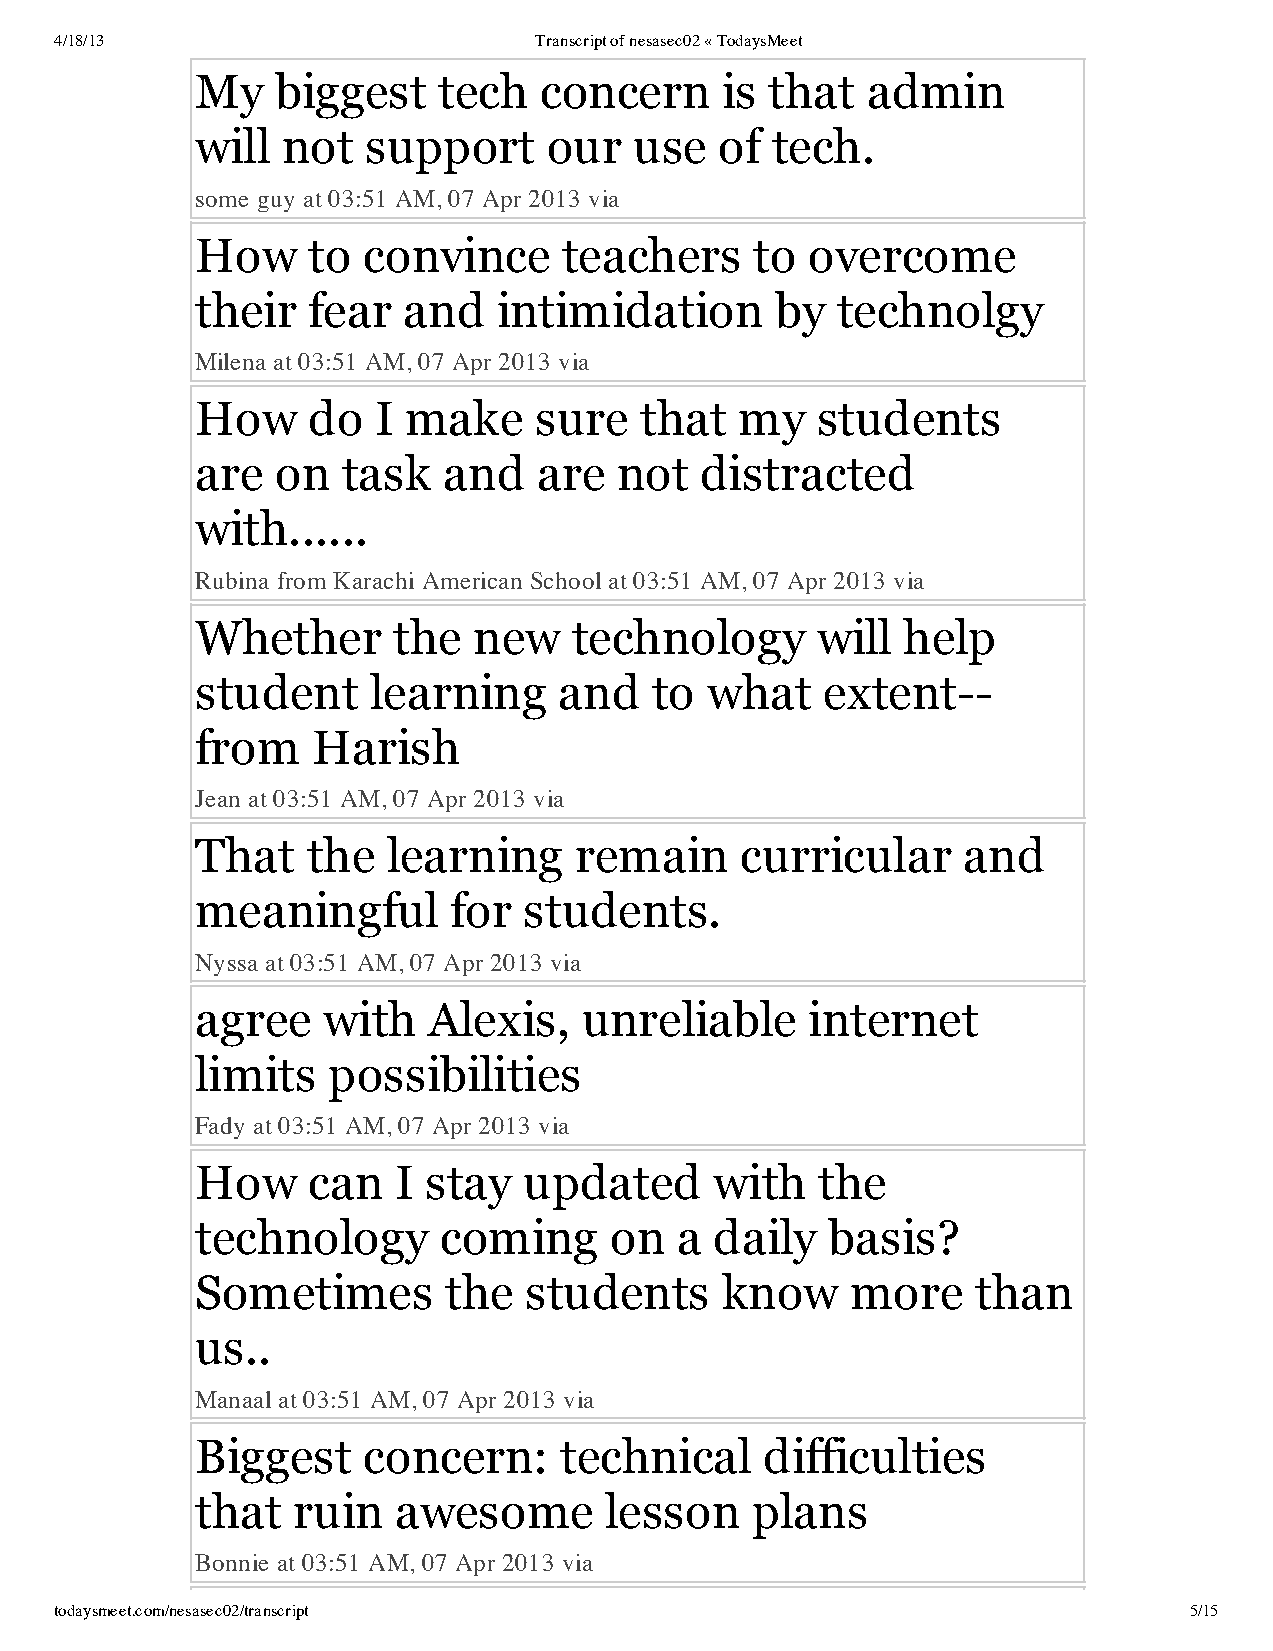
4/18/13                        Transcript of nesasec02 « TodaysMeet
 My   biggest    tech   concern     is that  admin
 will  not  support     our   use   of tech.
 some guy at 03:51 AM, 07 Apr 2013 via
 How    to  convince     teachers     to  overcome
 their  fear   and   intimidation      by  technolgy
 Milena at 03:51 AM, 07 Apr 2013 via
 How    do   I make    sure   that   my   students
 are  on   task  and    are  not  distracted
 with......
 Rubina from Karachi American School at 03:51 AM, 07 Apr 2013 via
 Whether      the  new    technology      will  help
 student    learning     and   to  what    extent--
 from    Harish
 Jean at 03:51 AM, 07 Apr 2013 via
 That   the   learning    remain     curricular     and
 meaningful       for  students.
 Nyssa at 03:51 AM, 07 Apr 2013 via
 agree   with   Alexis,    unreliable     internet
 limits   possibilities
 Fady at 03:51 AM, 07 Apr 2013 via
 How    can   I stay   updated     with   the
 technology      coming     on   a daily   basis?
 Sometimes       the   students     know    more     than
 us..
 Manaal at 03:51 AM, 07 Apr 2013 via
 Biggest    concern:     technical     difficulties
 that  ruin   awesome       lesson    plans
 Bonnie at 03:51 AM, 07 Apr 2013 via
 todaysmeet.com/nesasec02/transcript                                        5/15